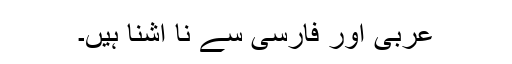
عربی اور فارسی سے نا آشنا ہیں۔